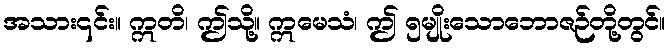
အသား၎င်း။ ဣတိ၊ ဤသို့။ ဣမေသံ၊ ဤ ၅မျိုးသောဘောဇဉ်တို့တွင်။